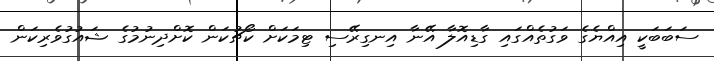
ސަބަބަކީ އިއްޔެގެ ވަގުތެއްގައި ގާޑިއޮލާ އޭނާ އިނގިރޭސި ޓިމަކަށް ކޯޗުކަން ކޮށްދިނުމުގެ ޝައުގުވެރިކަން